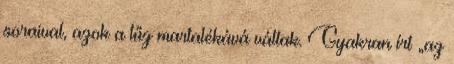
soraival, azok a tűz martalékává váltak. Gyakran írt „az